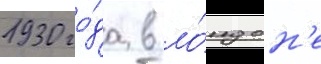
1930 го́да в ло́ндон'е